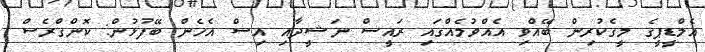
އެމްޑީޕީގެ މީގެކުރިން ބޭއްވި އެއްވުމެއްގައި ރައީސް ނަޝީދާއި އިސް އެހެން ބޭފުޅުން: ކޮންގްރެސް